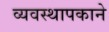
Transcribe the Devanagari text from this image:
व्यवस्थापकाने